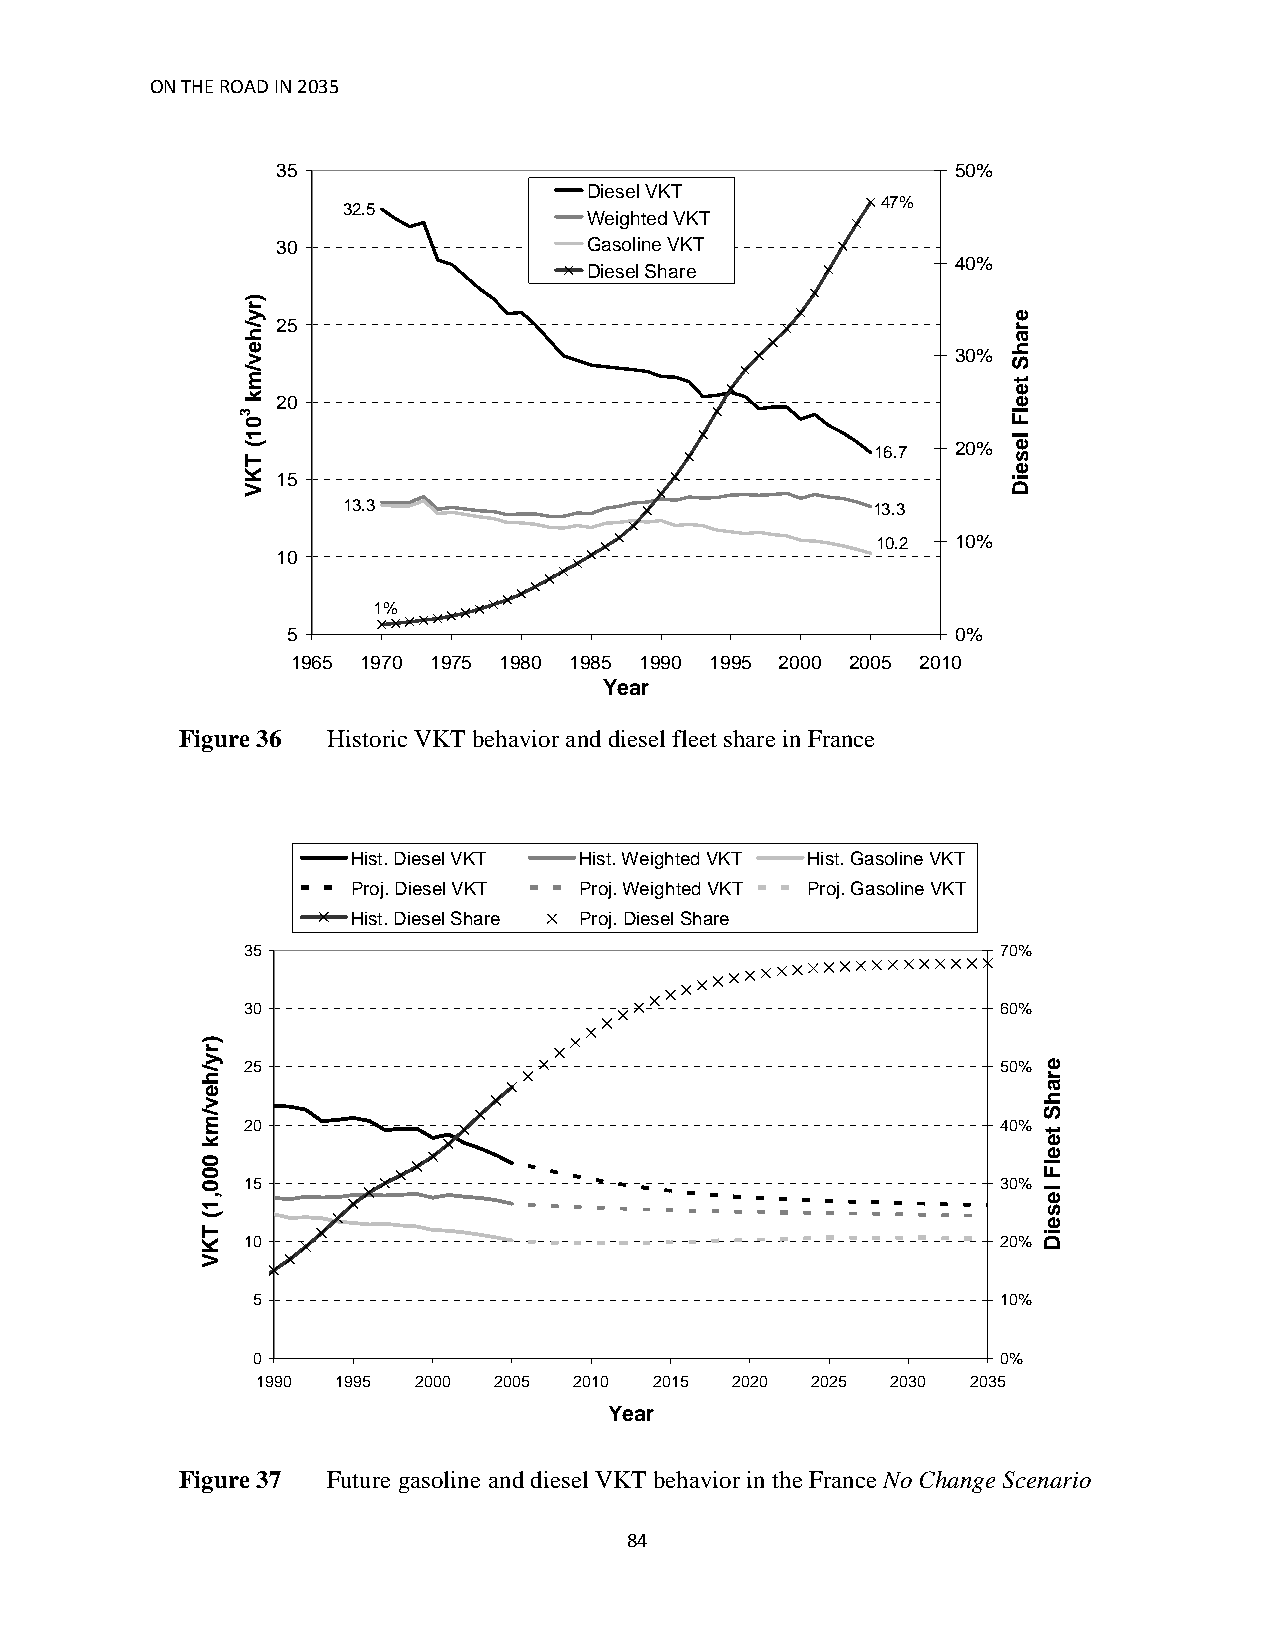
ON THE ROAD IN 2035
 35                                           50%
 Diesel VKT
 47%
 32.5
 Weighted VKT
 30                   Gasoline VKT
 40%
 Diesel Share
 25
 30%
 20
 16.7 20%
 15
 13.3                               13.3
 10.2 10%
 10
 1%
 5                                           0%
 1965 1970 1975 1980 1985 1990 1995 2000 2005 2010
 Year
 Figure 36 Historic VKT behavior and diesel fleet share in France
 Hist. Diesel VKT Hist. Weighted VKT Hist. Gasoline VKT
 Proj. Diesel VKT Proj. Weighted VKT Proj. Gasoline VKT
 Hist. Diesel Share Proj. Diesel Share
 35                                                70%
 30                                                60%
 25                                                50%
 20                                                40%
 15                                                30%
 10                                                20%
 5                                                10%
 0                                                0%
 1990 1995 2000  2005 2010 2015 2020  2025 2030 2035
 Year
 Figure 37 Future gasoline and diesel VKT behavior in the France No Change Scenario
 84
 )ry/hev/mk
 000,1(
 TKV
 )ry/hev/mk
 301(
 TKV
 erahS
 teelF
 leseiD
 erahS
 teelF
 leseiD